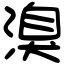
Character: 溴